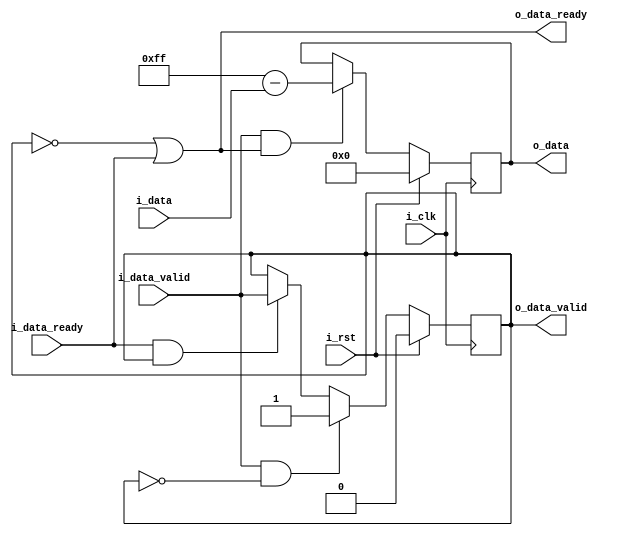
`timescale 1ns / 1ps
//////////////////////////////////////////////////////////////////////////////////
// Company: 
// Engineer: 
// 
// Design Name: 
// Module Name: inversion
// Project Name: 
// Target Devices: 
// Tool Versions: 
// Description: 
// 
// Dependencies: 
// 
// Revision:
// Revision 0.01 - File Created
// Additional Comments:
// 
//////////////////////////////////////////////////////////////////////////////////


module inversion(

 input i_clk,
 input i_rst,
 
 //upstream
 input i_data_valid,
 input [7:0]i_data,
 output o_data_ready,
 
 //downstream
 output o_data_valid,
 output [7:0]o_data,
 input i_data_ready

    );
    
    reg valid_data;
    reg [7:0]inv_pixel_data;
    
    always @(posedge i_clk)
    begin
        if(i_rst)
        begin
            inv_pixel_data <= 0;
        end
        else
        begin
            if(i_data_valid & o_data_ready)
            begin
                inv_pixel_data <= 8'hff - i_data;    
            end
        end
    end
    
    always @(posedge i_clk)
    begin
        if(i_rst)
            valid_data <= 0;
        else if(i_data_valid & !valid_data)
            valid_data <= 1;
        else if(i_data_ready & valid_data)
            valid_data <= i_data_valid; 
    end
    
    assign o_data_ready = ~valid_data | i_data_ready ;
    assign o_data_valid = valid_data; 
    
    assign o_data = inv_pixel_data;   
    
endmodule